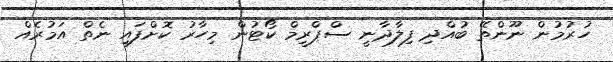
ހުރުމުން ނޫންތޭ ބުއްދި ފިލާދާނީ ސްޕްރީމް ކޯޓުން މިހާރު ކޮށްފައި ނެތް އަމުރެއް